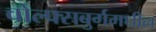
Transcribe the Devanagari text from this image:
वोल्फ्सबुर्गमधील